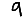
Digit: 9